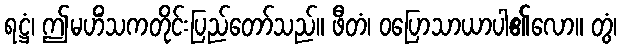
ရဋ္ဌံ၊ ဤမဟိံသကတိုင်းပြည်တော်သည်။ ဖီတံ၊ ဝပြောသာယာပါ၏လော။ တွံ၊